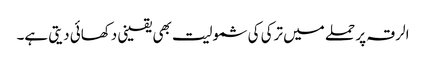
الرقہ پر حملے میں ترکی کی شمولیت بھی یقینی دکھائی دیتی ہے۔